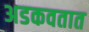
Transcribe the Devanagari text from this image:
अडकवतात